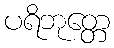
ပရိဘုတ္တေ